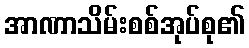
အာဏာသိမ်းစစ်အုပ်စု၏